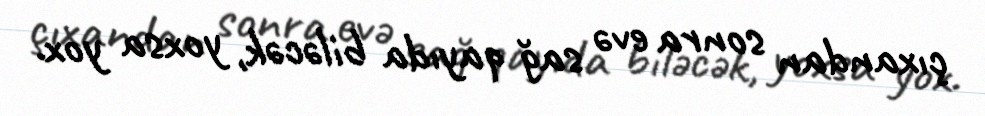
çıxandan sonra evə sağ qayıda biləcək, yoxsa yox.